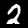
Label: 2